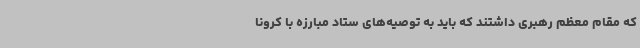
که مقام معظم رهبری داشتند که باید به توصیه‌های ستاد مبارزه با کرونا